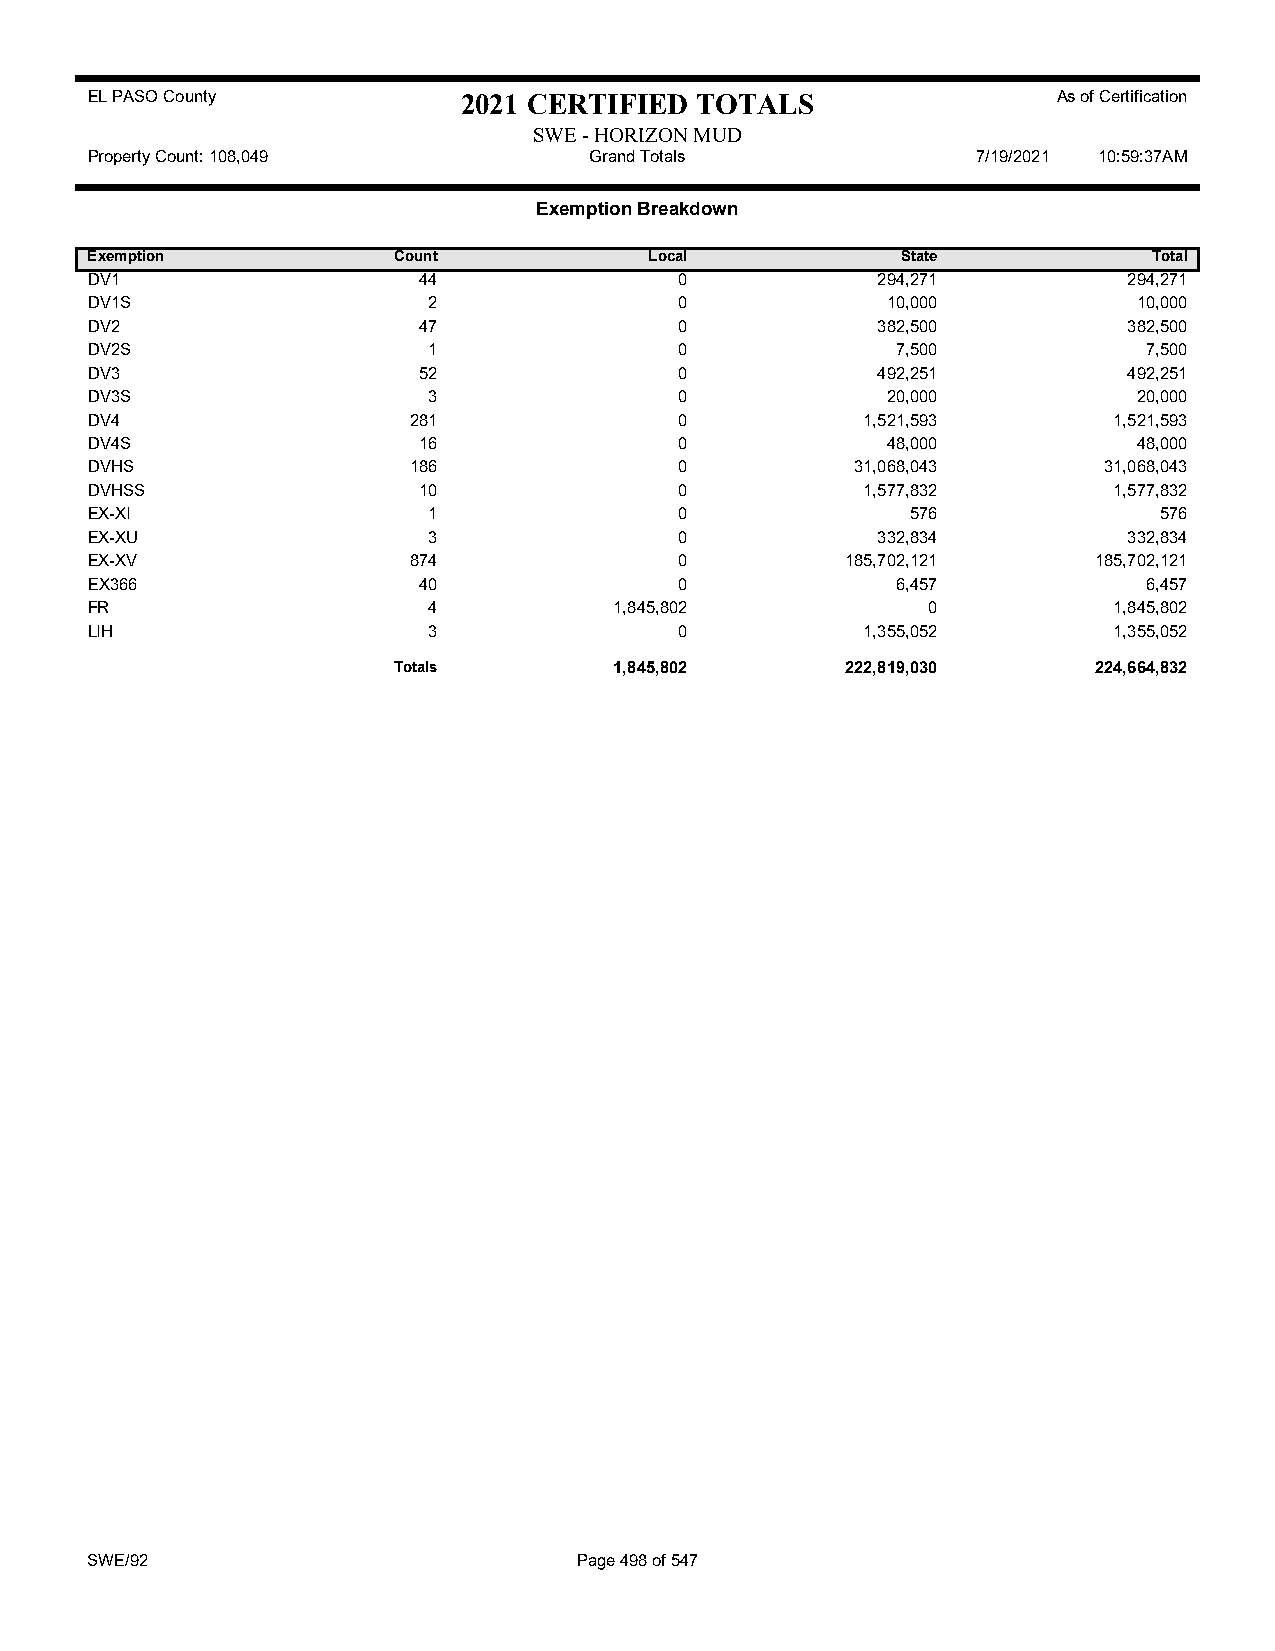
EL PASO County           2021 CERTIFIED TOTALS                  As of Certification
 SWE - HORIZON MUD
 Property Count: 108,049          Grand Totals              7/19/2021 10:59:37AM
 Exemption Breakdown
 Exemption           Count            Local            State           Total
 DV1                   44               0            294,271          294,271
 DV1S                  2                0             10,000          10,000
 DV2                   47               0            382,500          382,500
 DV2S                  1                0             7,500            7,500
 DV3                   52               0            492,251          492,251
 DV3S                  3                0             20,000          20,000
 DV4                  281               0           1,521,593        1,521,593
 DV4S                  16               0             48,000          48,000
 DVHS                 186               0           31,068,043      31,068,043
 DVHSS                 10               0           1,577,832        1,577,832
 EX-XI                 1                0              576              576
 EX-XU                 3                0            332,834          332,834
 EX-XV                874               0          185,702,121     185,702,121
 EX366                 40               0             6,457            6,457
 FR                    4            1,845,802           0            1,845,802
 LIH                   3                0           1,355,052        1,355,052
 Totals         1,845,802      222,819,030     224,664,832
 SWE/92                          Page 498 of 547